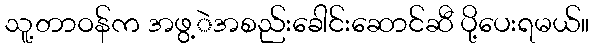
သူ့တာဝန်က အဖွ့ဲအစည်းခေါင်းဆောင်ဆီ ပို့ပေးရမယ်။